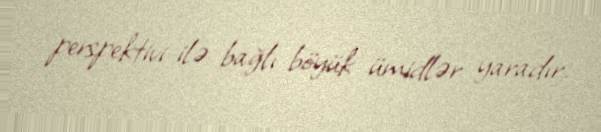
perspektivi ilə bağlı böyük ümidlər yaradır.